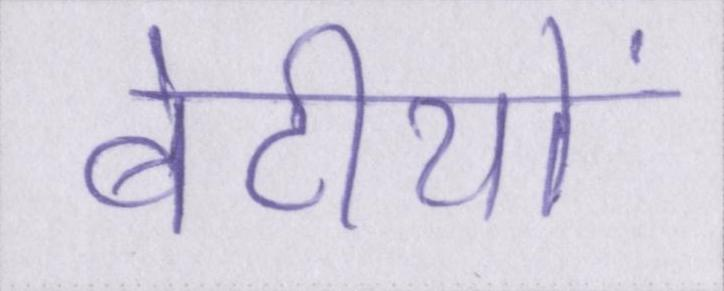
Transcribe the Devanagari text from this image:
बेटीयों